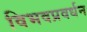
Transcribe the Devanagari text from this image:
विभवप्रवर्धन